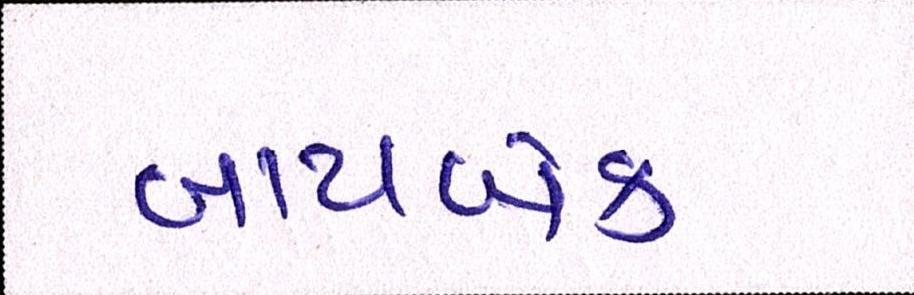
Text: બાયબેક